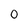
Character: 0